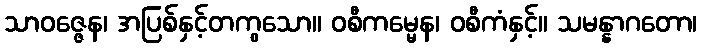
သာဝဇ္ဇေန၊ အပြစ်နှင့်တကွသော။ ဝစီကမ္မေန၊ ဝစီကံနှင့်။ သမန္နာဂတော၊